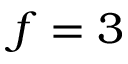
f = 3